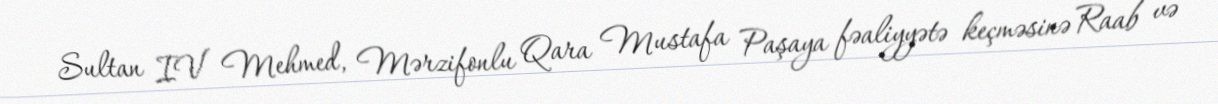
Sultan IV Mehmed, Mərzifonlu Qara Mustafa Paşaya fəaliyyətə keçməsinə Raab və